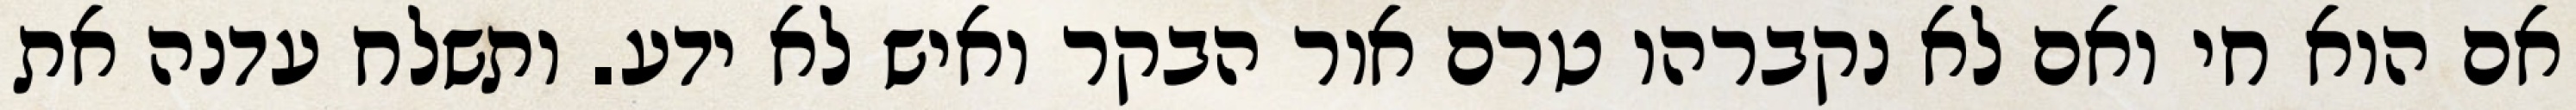
אם הוא חי ואם לא נקברהו טרם אור הבקר ואיש לא ידע. ותשלח עדנה את